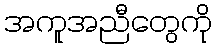
အကူအညီတွေကို